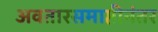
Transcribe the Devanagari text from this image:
अवतारसमाप्तीनंतर